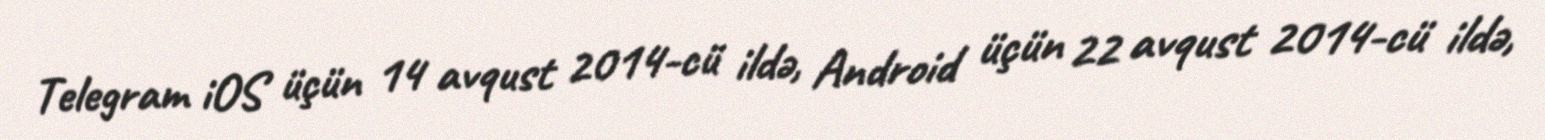
Telegram iOS üçün 14 avqust 2014-cü ildə, Android üçün 22 avqust 2014-cü ildə,